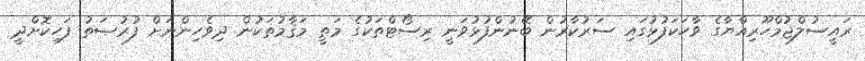
ރައީސުލްޖުމްހޫރިއްޔާގެ ވާހަކަފުޅުގައި ސަރުކާރުން ބޭނުންފުޅުވަނީ ރިސޯޓްތަކުގެ މަތީ މަޤާމުތަކުން ދިވެހިންނަށް ފުރުޞަތު ފަހިކޮށްދީ